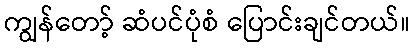
ကျွန်တော့် ဆံပင်ပုံစံ ပြောင်းချင်တယ်။